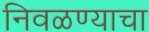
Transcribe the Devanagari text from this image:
निवळण्याचा